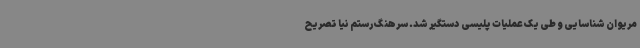
مریوان شناسایی و طی یک عملیات پلیسی دستگیر شد. سرهنگ رستم نیا تصریح